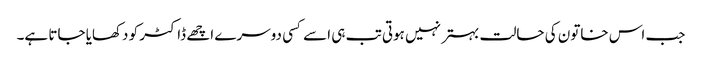
جب اس خاتون کی حالت بہتر نہیں ہوتی تب ہی اسے کسی دوسرے اچھے ڈاکٹر کو دکھایا جاتا ہے۔